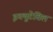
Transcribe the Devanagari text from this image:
इक्युटेविल